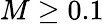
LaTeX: M\geq 0.1